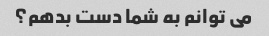
می توانم به شما دست بدهم؟